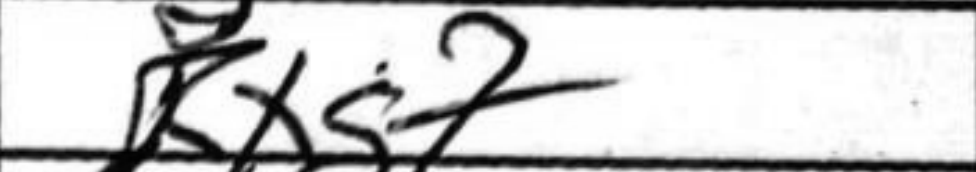
Transcription: Rxg7